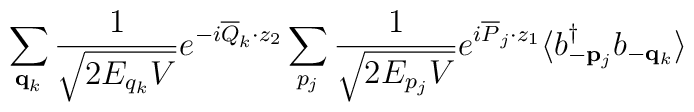
\sum_{{\bf q}_k} \frac{1}{\sqrt{2 E_{q_k} V}} e^{- i \overline{Q}_k \cdot z_2} \sum_{p_j} \frac{1}{\sqrt{2 E_{p_j} V}} e^{i \overline{P}_j \cdot z_1} \langle b^\dagger_{- {\bf p}_j} b_{- {\bf q}_k} \rangle